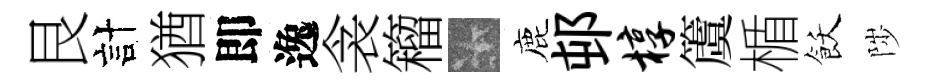
艮計猶即逸衾籕卡鹿邨椁𥵂楯飫陟